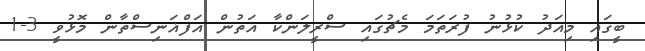
ބީގައި މިއަދު ކުޅުނު ފުރަތަމަ މެޗުގައި ސްރީލަންކާ އަތުން އަފްޣަނިސްތާން މޮޅުވީ 3-1